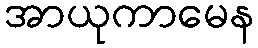
အာယုကာမေန